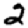
Digit: 2